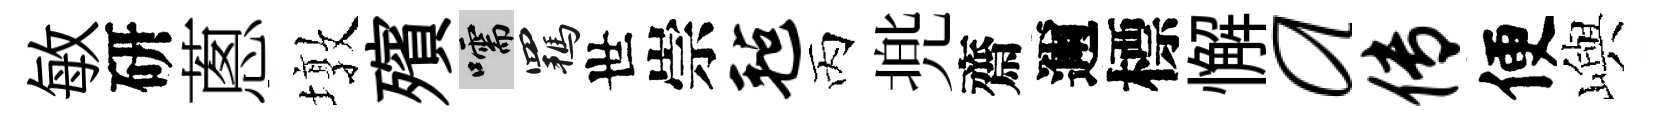
敏研蔥墩殯嚅羈世崇毡丙兠齋邇標懈a传便嶼